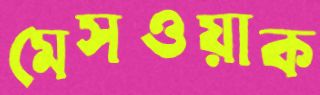
মেসওয়াক